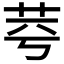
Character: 𦭃